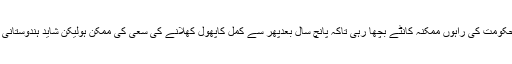
اس لیے وہ رام مندر کا شور مچا کر اگلی حکومت کی راہوں ممکنہ کانٹے بچھا رہی تاکہ پانچ سال بعدپھر سے کمل کاپھول کھلانے کی سعی کی ممکن ہولیکن شاید ہندوستانی عوام اپنی غلطی کو اتنی جلدی نہ دوہرائیں۔